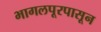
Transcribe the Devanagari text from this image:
भागलपूरपासून